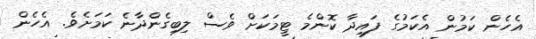
އެހެން ކަމުން އެކަމުގެ ފައިދާ ކޮންމެ ޓީމަކަށް ވެސް ލިބިގެންދާނެ ކަމަށެވެ. އެހެން